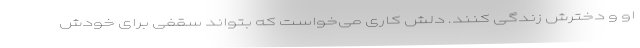
او و دخترش زندگی کنند. دلش کاری می‌خواست که بتواند سقفی برای خودش